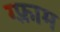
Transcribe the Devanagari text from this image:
ग्फ़्राम